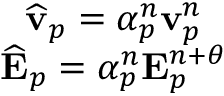
\begin{array} { c } { \widehat { \mathbf { v } } _ { p } = { \alpha } _ { p } ^ { n } \mathbf { v } _ { p } ^ { n } } \\ { \widehat { \mathbf { E } } _ { p } = { \alpha } _ { p } ^ { n } \mathbf { E } _ { p } ^ { n + \theta } } \end{array}